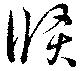
倏